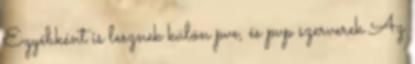
Egyébként is lesznek külön pve, és pvp szerverek Az